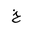
Letter: _kha